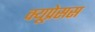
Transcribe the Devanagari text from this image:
क्यूप्रेसस